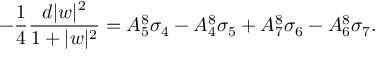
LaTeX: - { \frac { 1 } { 4 } } { \frac { d | w | ^ { 2 } } { 1 + | w | ^ { 2 } } } = A _ { 5 } ^ { 8 } \sigma _ { 4 } - A _ { 4 } ^ { 8 } \sigma _ { 5 } + A _ { 7 } ^ { 8 } \sigma _ { 6 } - A _ { 6 } ^ { 8 } \sigma _ { 7 } .